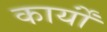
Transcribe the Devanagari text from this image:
कार्योंं